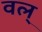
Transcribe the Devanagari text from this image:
वल्‌